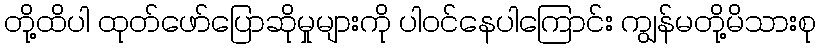
တို့ထိပါ ထုတ်ဖော်ပြောဆိုမှုများကို ပါဝင်နေပါကြောင်း ကျွန်မတို့မိသားစု